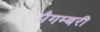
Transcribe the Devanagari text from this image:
पैगम्बरी